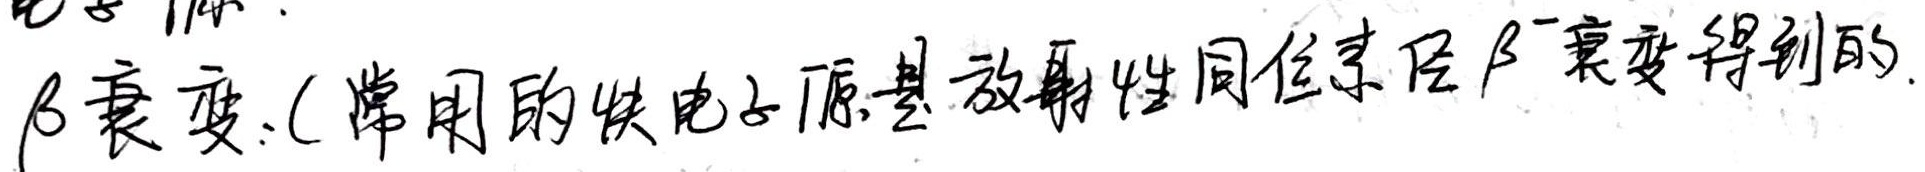
$\beta$衰变：常用的快电子源是放射性同位素经$\beta^-$衰变得到的。